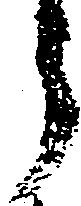
う